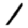
Digit: 1